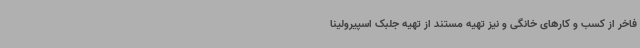
فاخر از کسب و کارهای خانگی و نیز تهیه مستند از تهیه جلبک اسپیرولینا